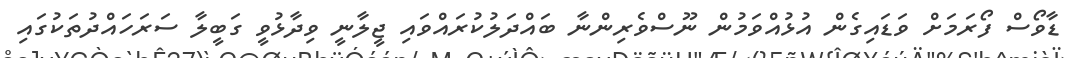
ޑާވޯސް ފޯރަމަށް ވަޑައިގެން އުޅުއްވަމުން ނޫސްވެރިންނާ ބައްދަލުކުރައްވައި ޖީލާނީ ވިދާޅުވީ ގަބީލާ ސަރަހައްދުތަކުގައި